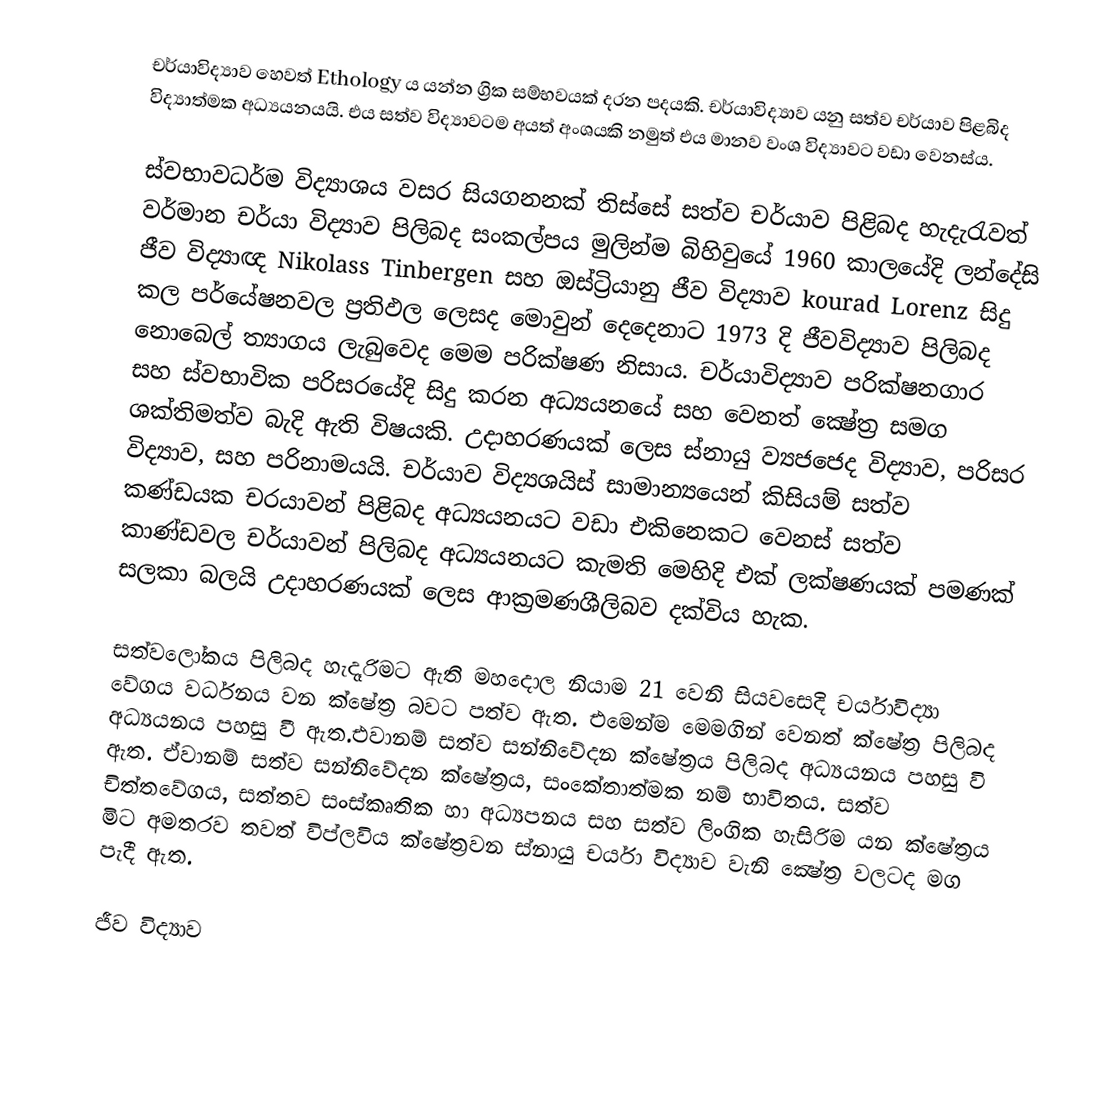
චර්යාවිද්‍යාව හෙවත් Ethology ය යන්න ග්‍රික සම්භවයක් දරන පදයකි. චර්යාවිද්‍යාව යනු සත්ව චර්යාව පිළබිද විද්‍යාත්මක අධ්‍යයනයයි. එය සත්ව විද්‍යාවටම අයත් අංශයකි නමුත් එය මානව වංශ විද්‍යාවට වඩා වෙනස්ය.

	ස්වභාවධර්ම විද්‍යාශය වසර සියගනනක් තිස්සේ සත්ව චර්යාව පිළිබද හැදැරැවත් වර්මාන චර්යා විද්‍යාව පිලිබද සංකල්පය මුලින්ම බිහිවුයේ 1960 කාලයේදි ලන්දේසි ජීව විද්‍යාඥ Nikolass Tinbergen  සහ ඔස්ට්‍රියානු ජීව විද්‍යාව kourad Lorenz සිදු කල පර්යේෂනවල ප්‍රතිඵල ලෙසද මොවුන් දෙදෙනාට 1973 දි ජීවවිද්‍යාව පිලිබද නොබෙල් ත්‍යාගය ලැබුවෙද මෙම පරික්ෂණ නිසාය. චර්යාවිද්‍යාව පරික්ෂනගාර සහ ස්වභාවික පරිසරයේදි සිදු කරන අධ්‍යයනයේ සහ වෙනත් ක්‍ෂේත්‍ර සමග ශක්තිමත්ව බැදි ඇති විෂයකි. උදාහරණයක් ලෙස ස්නායු ව්‍යජජෙද විද්‍යාව, පරිසර විද්‍යාව,  සහ පරිනාමයයි. චර්යාව විද්‍යශයිස් සාමාන්‍යයෙන් කිසියම් සත්ව කණ්ඩයක චරයාවන් පිළිබද අධ්‍යයනයට වඩා එකි‍නෙකට වෙනස් සත්ව කාණ්ඩවල චර්යාවන් පිලිබද අධ්‍යයනයට කැමති මෙහිදි එක් ලක්ෂණයක් පමණක් සලකා බලයි උදාහරණයක් ලෙස ආක්‍රමණශීලිබව දක්විය හැක.

	සත්වලෝකය පිලිබද හැදෑරිමට ඇති මහදොල නියාම 21 වෙනි සියවසෙදි චර්යාවිද්‍යා වේගය වර්ධනය වන ‍ක්ෂේත්‍ර බවට පත්ව ඇත. එමෙන්ම මෙමගින් වෙනත්  ක්ෂේත්‍ර පිලිබද අධ්‍යයනය පහසු වී ඇත.එවානම් සත්ව සන්නිවේදන ක්ෂේත්‍රය පිලිබද අධ්‍යයනය පහසු වි ඇත. ඒවානම් සත්ව සන්නිවේදන ක්ෂේත්‍රය, සංකේතාත්මක නම් භාවිතය. සත්ව චිත්තවේගය, සත්තව සංස්කෘතික හා අධ්‍යපනය සහ සත්ව ලිංගික හැසිරිම යන ක්ෂේත්‍රය මිට අමතරව තවත් විප්ලවිය ක්ෂේත්‍රවන ස්නායු චර්යා විද්‍යාව වැනි ක්‍ෂේත්‍ර වලටද මග පැදී ඇත.

ජීව විද්‍යාව